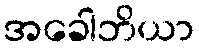
အခေါဘိယာ